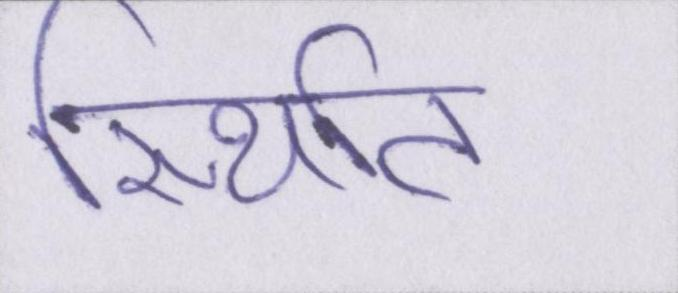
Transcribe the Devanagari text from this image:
स्थिति